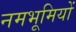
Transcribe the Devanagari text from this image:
नमभूमियों